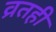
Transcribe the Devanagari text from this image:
व्रतही